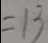
= 1 3